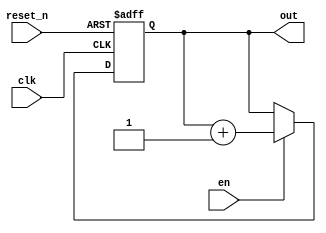
module first_up_counter_for_romix(
    input   wire            clk     ,
    input   wire            reset_n ,
    input   wire            en      ,
    output   wire    [4:0]   out

);

	wire    [4:0]   counter_up_wire;
	reg     [4:0]   counter_up;
    assign counter_up_wire  = counter_up + 5'd1 ;
    assign out              = counter_up        ;
    // up counter
    always@ (posedge clk or negedge reset_n)begin
        if(reset_n == 1'b0)
            counter_up <= 5'd0;
        else if(en == 1'b1)
            counter_up <= counter_up_wire;
    end

endmodule